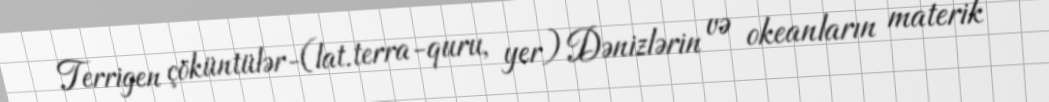
Terrigen çöküntülər-(lat.terra-quru, yer) Dənizlərin və okeanların materik